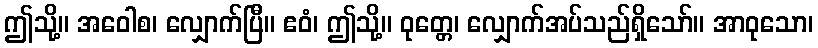
ဤသို့။ အဝေါစ၊ လျှောက်ပြီ။ ဧဝံ၊ ဤသို့။ ဝုတ္တေ၊ လျှောက်အပ်သည်ရှိသော်။ အာဝုသော၊